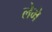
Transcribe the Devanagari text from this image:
लेभे